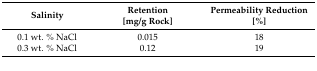
| <ROWSPAN=2> Salinity | Retention | Permeability Reduction |
 | [mg/g Rock] | [%] |
 | --- | --- | --- |
 | 0.1 wt. % NaCl | 0.015 | 18 |
 | 0.3 wt. % NaCl | 0.12 | 19 |